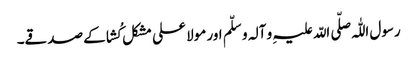
رسول اللّٰہ صلّی اللّہ علیہِ و آلہ و سلّم اور مولا علی مشکل کُشا کے صدقے۔